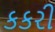
કકરી